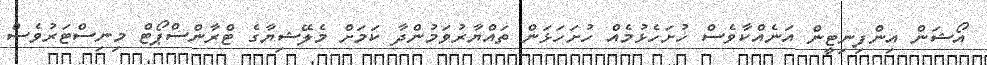
އޯޝަން އިންފިނިޓީން އަނެއްކާވެސް ހުށަހެޅުމެއް ހުށަހަޅަން ތައްޔާރުވަމުންދާ ކަމަށް މެލޭޝިޔާގެ ޓްރާންސްޕޯޓް މިނިސްޓަރުވެސް